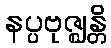
နပ္ပဗုဇ္ဈန္တိ